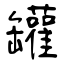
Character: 罐